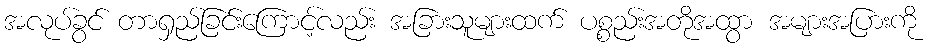
အလုပ်ခွင် တာရှည်ခြင်းကြောင့်လည်း အခြားသူများထက် ပစ္စည်းအတိုအထွာ အများအပြားကို